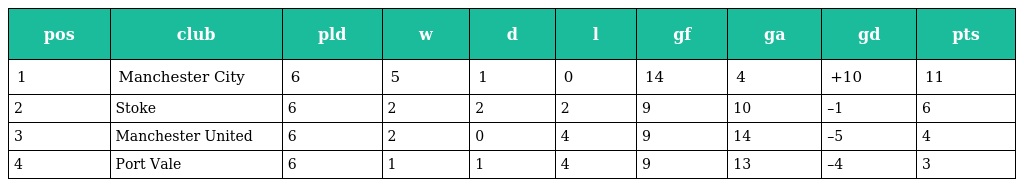
| pos | club | pld | w | d | l | gf | ga | gd | pts |
 | --- | --- | --- | --- | --- | --- | --- | --- | --- | --- |
 | 1 | Manchester City | 6 | 5 | 1 | 0 | 14 | 4 | +10 | 11 |
 | 2 | Stoke | 6 | 2 | 2 | 2 | 9 | 10 | –1 | 6 |
 | 3 | Manchester United | 6 | 2 | 0 | 4 | 9 | 14 | –5 | 4 |
 | 4 | Port Vale | 6 | 1 | 1 | 4 | 9 | 13 | –4 | 3 |